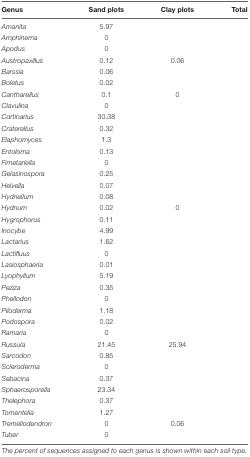
<table><thead><tr><td><b>Genus</b></td><td><b>Sand plots</b></td><td><b>Clay plots</b></td><td><b>Total</b></td></tr></thead><tbody><tr><td><i>Amanita</i></td><td>5.97</td><td>[EMPTY_CELL]</td><td>[EMPTY_CELL]</td></tr><tr><td><i>Amphinema</i></td><td>0</td><td>[EMPTY_CELL]</td><td>[EMPTY_CELL]</td></tr><tr><td><i>Apodus</i></td><td>0</td><td>[EMPTY_CELL]</td><td>[EMPTY_CELL]</td></tr><tr><td><i>Austropaxillus</i></td><td>0.12</td><td>0.06</td><td>[EMPTY_CELL]</td></tr><tr><td><i>Barssia</i></td><td>0.06</td><td>[EMPTY_CELL]</td><td>[EMPTY_CELL]</td></tr><tr><td><i>Boletus</i></td><td>0.02</td><td>[EMPTY_CELL]</td><td>[EMPTY_CELL]</td></tr><tr><td><i>Cantharellus</i></td><td>0.1</td><td>0</td><td>[EMPTY_CELL]</td></tr><tr><td><i>Clavulina</i></td><td>0</td><td>[EMPTY_CELL]</td><td>[EMPTY_CELL]</td></tr><tr><td><i>Cortinarius</i></td><td>30.38</td><td>[EMPTY_CELL]</td><td>[EMPTY_CELL]</td></tr><tr><td><i>Craterellus</i></td><td>0.32</td><td>[EMPTY_CELL]</td><td>[EMPTY_CELL]</td></tr><tr><td><i>Elaphomyces</i></td><td>1.3</td><td>[EMPTY_CELL]</td><td>[EMPTY_CELL]</td></tr><tr><td><i>Entoloma</i></td><td>0.13</td><td>[EMPTY_CELL]</td><td>[EMPTY_CELL]</td></tr><tr><td><i>Fimetariella</i></td><td>0</td><td>[EMPTY_CELL]</td><td>[EMPTY_CELL]</td></tr><tr><td><i>Gelasinospora</i></td><td>0.25</td><td>[EMPTY_CELL]</td><td>[EMPTY_CELL]</td></tr><tr><td><i>Helvella</i></td><td>0.07</td><td>[EMPTY_CELL]</td><td>[EMPTY_CELL]</td></tr><tr><td><i>Hydnellum</i></td><td>0.08</td><td>[EMPTY_CELL]</td><td>[EMPTY_CELL]</td></tr><tr><td><i>Hydnum</i></td><td>0.02</td><td>0</td><td>[EMPTY_CELL]</td></tr><tr><td><i>Hygrophorus</i></td><td>0.11</td><td>[EMPTY_CELL]</td><td>[EMPTY_CELL]</td></tr><tr><td><i>Inocybe</i></td><td>4.99</td><td>[EMPTY_CELL]</td><td>[EMPTY_CELL]</td></tr><tr><td><i>Lactarius</i></td><td>1.62</td><td>[EMPTY_CELL]</td><td>[EMPTY_CELL]</td></tr><tr><td><i>Lactifluus</i></td><td>0</td><td>[EMPTY_CELL]</td><td>[EMPTY_CELL]</td></tr><tr><td><i>Lasiosphaeria</i></td><td>0.01</td><td>[EMPTY_CELL]</td><td>[EMPTY_CELL]</td></tr><tr><td><i>Lyophyllum</i></td><td>5.19</td><td>[EMPTY_CELL]</td><td>[EMPTY_CELL]</td></tr><tr><td><i>Peziza</i></td><td>0.35</td><td>[EMPTY_CELL]</td><td>[EMPTY_CELL]</td></tr><tr><td><i>Phellodon</i></td><td>0</td><td>[EMPTY_CELL]</td><td>[EMPTY_CELL]</td></tr><tr><td><i>Piloderma</i></td><td>1.18</td><td>[EMPTY_CELL]</td><td>[EMPTY_CELL]</td></tr><tr><td><i>Podospora</i></td><td>0.02</td><td>[EMPTY_CELL]</td><td>[EMPTY_CELL]</td></tr><tr><td><i>Ramaria</i></td><td>0</td><td>[EMPTY_CELL]</td><td>[EMPTY_CELL]</td></tr><tr><td><i>Russula</i></td><td>21.45</td><td>25.94</td><td>[EMPTY_CELL]</td></tr><tr><td><i>Sarcodon</i></td><td>0.85</td><td>[EMPTY_CELL]</td><td>[EMPTY_CELL]</td></tr><tr><td><i>Scleroderma</i></td><td>0</td><td>[EMPTY_CELL]</td><td>[EMPTY_CELL]</td></tr><tr><td><i>Sebacina</i></td><td>0.37</td><td>[EMPTY_CELL]</td><td>[EMPTY_CELL]</td></tr><tr><td><i>Sphaerosporella</i></td><td>23.34</td><td>[EMPTY_CELL]</td><td>[EMPTY_CELL]</td></tr><tr><td><i>Thelephora</i></td><td>0.37</td><td>[EMPTY_CELL]</td><td>[EMPTY_CELL]</td></tr><tr><td><i>Tomentella</i></td><td>1.27</td><td>[EMPTY_CELL]</td><td>[EMPTY_CELL]</td></tr><tr><td><i>Tremellodendron</i></td><td>0</td><td>0.06</td><td>[EMPTY_CELL]</td></tr><tr><td><i>Tuber</i></td><td>0</td><td>[EMPTY_CELL]</td><td>[EMPTY_CELL]</td></tr></tbody></table>